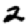
Digit: 2